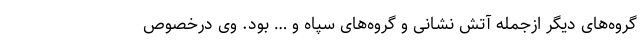
گروه‌های دیگر ازجمله آتش نشانی و گروه‌های سپاه و … بود. وی درخصوص